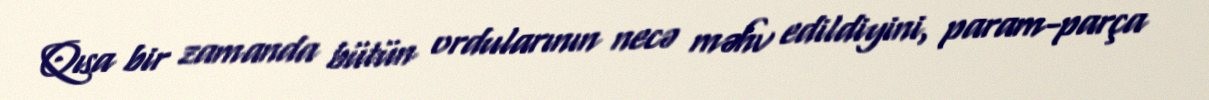
Qısa bir zamanda bütün ordularının necə məhv edildiyini, param-parça